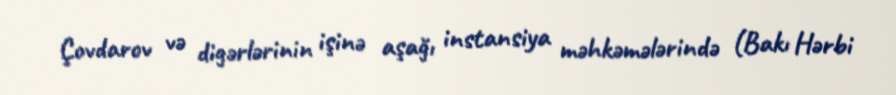
Çovdarov və digərlərinin işinə aşağı instansiya məhkəmələrində (Bakı Hərbi